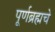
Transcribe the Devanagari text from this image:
पूर्णब्रह्मचे